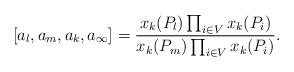
LaTeX: \begin{align*}[a_l,a_m,a_k,a_{\infty}]= \frac{x_k(P_l) \prod_{i \in V} x_k(P_i)}{x_k(P_m)\prod_{i \in V} x_k(P_i)}.\end{align*}